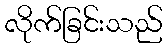
လိုက်ခြင်းသည်